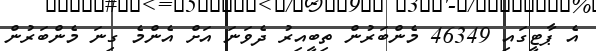
އެ ޕާޓީގައި 46349 މެންބަރުން ތިބީއިރު ދެވަނަ އަށް އެންމެ ގިނަ މެންބަރުން